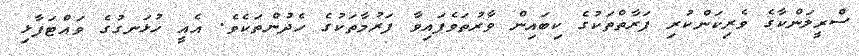
ސްރީލަންކާގެ ވެރިކަންކުރި ފަރާތްތަކުގެ ކިބައިން ވާރުތަވެފައިވާ ފަރުމާތަކުގެ ހެދުންތަކެވެ. އެއީ ހުޅަނގުގެ ވައްޓަފާޅި